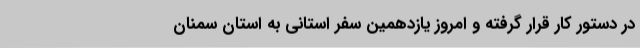
در دستور کار قرار گرفته و امروز یازدهمین سفر استانی به استان سمنان